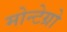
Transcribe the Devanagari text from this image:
मोन्टेग्रो